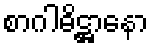
စာဂါဓိဋ္ဌာနော